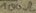
Text: 100Ω